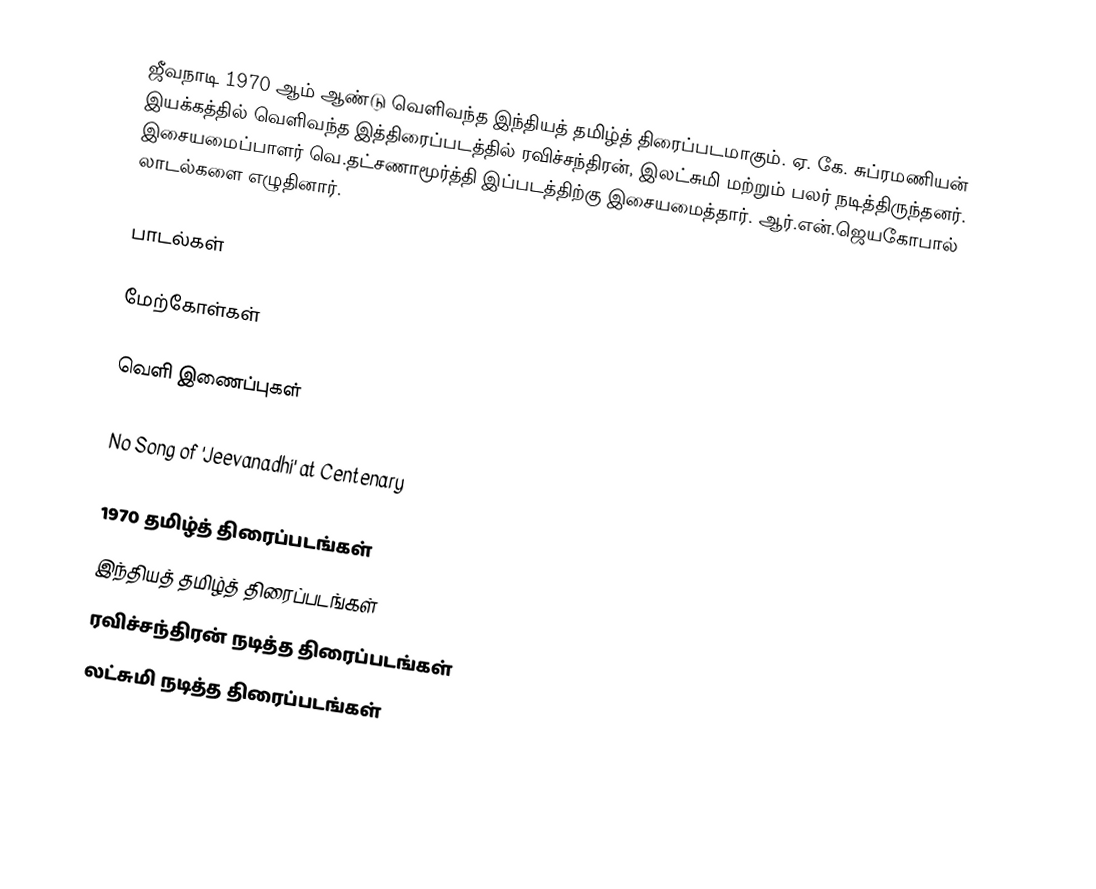
ஜீவநாடி 1970 ஆம் ஆண்டு வெளிவந்த இந்தியத் தமிழ்த் திரைப்படமாகும். ஏ. கே. சுப்ரமணியன் இயக்கத்தில் வெளிவந்த இத்திரைப்படத்தில் ரவிச்சந்திரன், இலட்சுமி மற்றும் பலர் நடித்திருந்தனர். இசையமைப்பாளர் வெ.தட்சணாமூர்த்தி இப்படத்திற்கு இசையமைத்தார். ஆர்.என்.ஜெயகோபால் லாடல்களை எழுதினார்.

பாடல்கள்

மேற்கோள்கள்

வெளி இணைப்புகள்

 No Song of 'Jeevanadhi' at Centenary

1970 தமிழ்த் திரைப்படங்கள்
இந்தியத் தமிழ்த் திரைப்படங்கள்
ரவிச்சந்திரன் நடித்த திரைப்படங்கள்
லட்சுமி நடித்த திரைப்படங்கள்